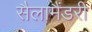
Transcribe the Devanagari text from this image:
सैलामैंडरी